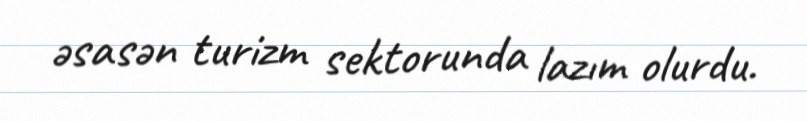
əsasən turizm sektorunda lazım olurdu.